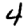
Digit: 4